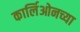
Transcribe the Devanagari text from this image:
कार्लिओनच्या